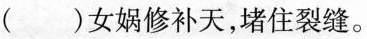
( )女娲修补天，堵住裂缝。